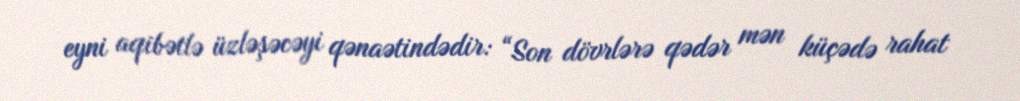
eyni aqibətlə üzləşəcəyi qənaətindədir: “Son dövrlərə qədər mən küçədə rahat